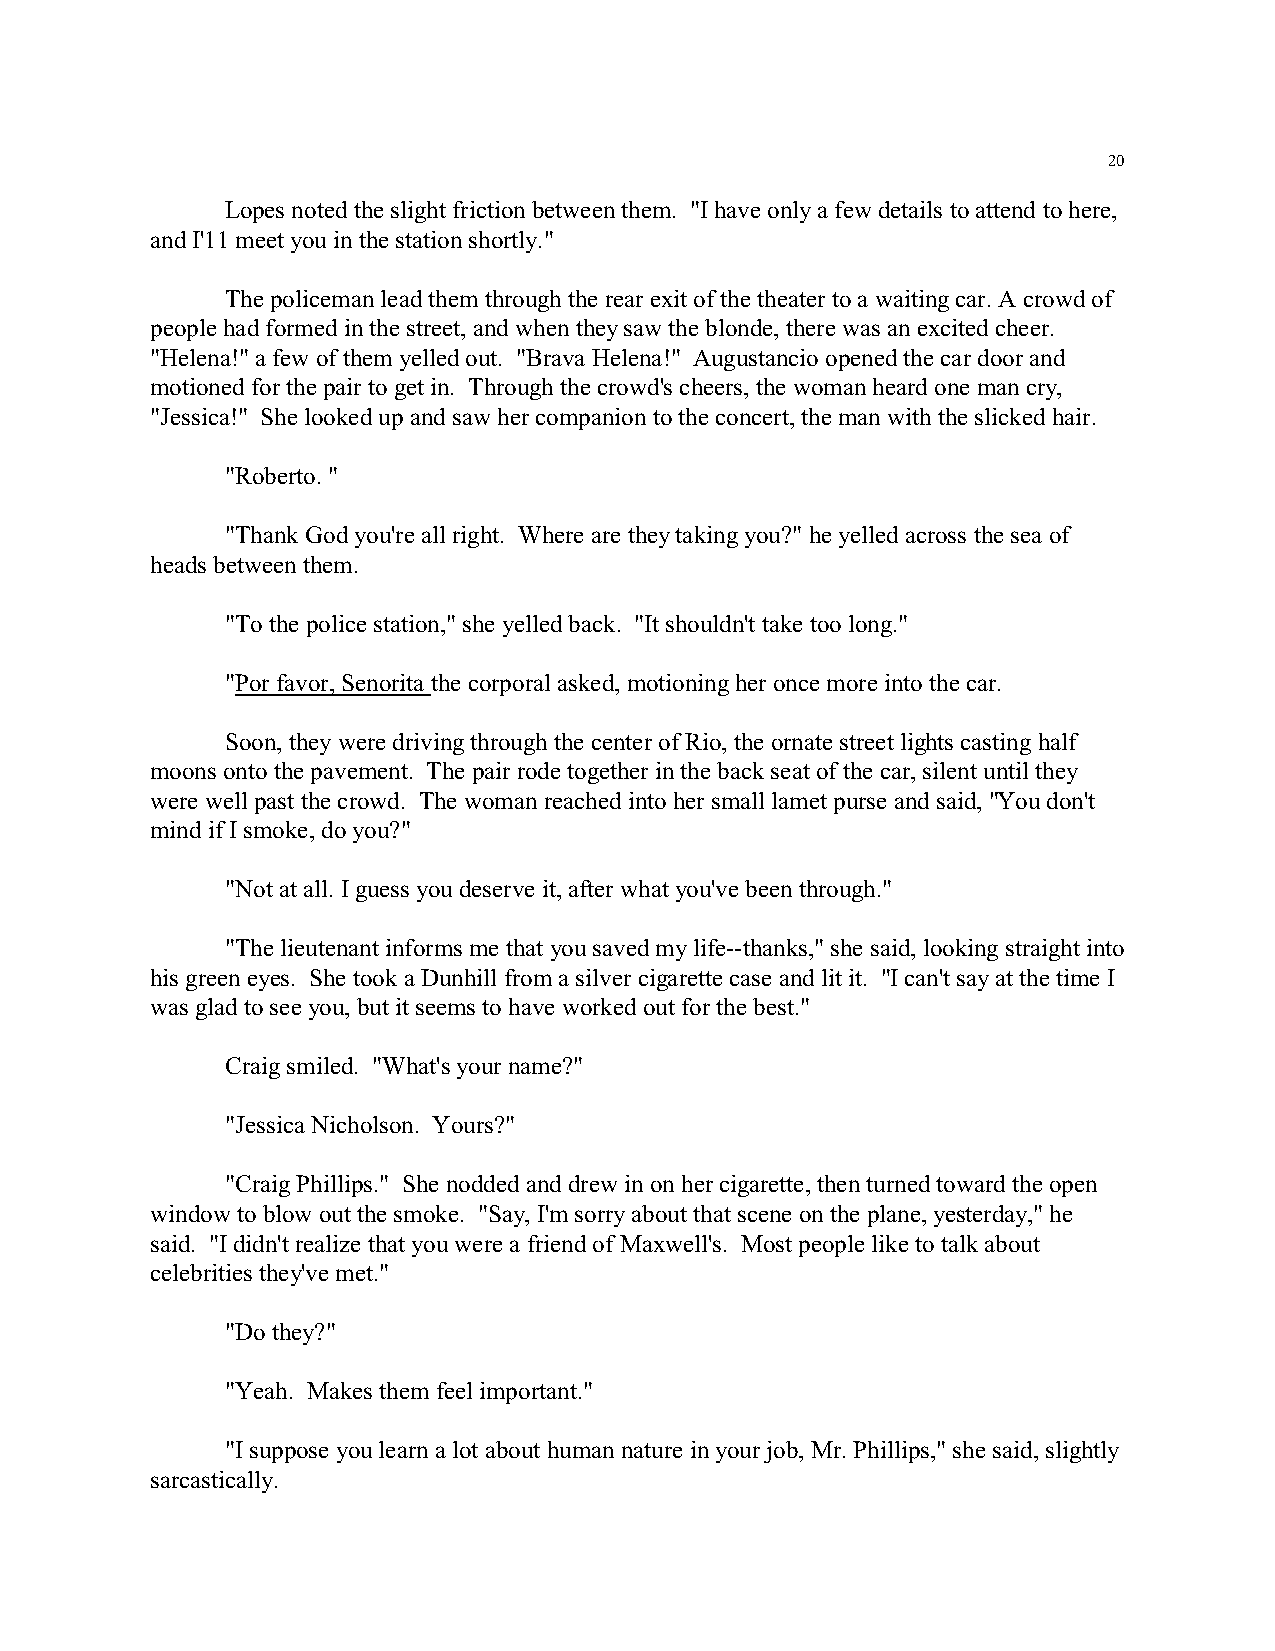
20
 Lopes noted the slight friction between them. "I have only a few details to attend to here,
 and I'11 meet you in the station shortly."
 The policeman lead them through the rear exit of the theater to a waiting car. A crowd of
 people had formed in the street, and when they saw the blonde, there was an excited cheer.
 "Helena!" a few of them yelled out. "Brava Helena!" Augustancio opened the car door and
 motioned for the pair to get in. Through the crowd's cheers, the woman heard one man cry,
 "Jessica!" She looked up and saw her companion to the concert, the man with the slicked hair.
 "Roberto. "
 "Thank God you're all right. Where are they taking you?" he yelled across the sea of
 heads between them.
 "To the police station," she yelled back. "It shouldn't take too long."
 "Por favor, Senorita the corporal asked, motioning her once more into the car.
 Soon, they were driving through the center of Rio, the ornate street lights casting half
 moons onto the pavement. The pair rode together in the back seat of the car, silent until they
 were well past the crowd. The woman reached into her small lamet purse and said, "You don't
 mind if I smoke, do you?"
 "Not at all. I guess you deserve it, after what you've been through."
 "The lieutenant informs me that you saved my life--thanks," she said, looking straight into
 his green eyes. She took a Dunhill from a silver cigarette case and lit it. "I can't say at the time I
 was glad to see you, but it seems to have worked out for the best."
 Craig smiled. "What's your name?"
 "Jessica Nicholson. Yours?"
 "Craig Phillips." She nodded and drew in on her cigarette, then turned toward the open
 window to blow out the smoke. "Say, I'm sorry about that scene on the plane, yesterday," he
 said. "I didn't realize that you were a friend of Maxwell's. Most people like to talk about
 celebrities they've met."
 "Do they?"
 "Yeah. Makes them feel important."
 "I suppose you learn a lot about human nature in your job, Mr. Phillips," she said, slightly
 sarcastically.